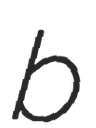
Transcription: b